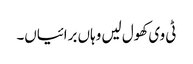
ٹی وی کھول لیں وہاں برائیاں۔